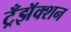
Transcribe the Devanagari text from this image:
ट्रँझॅक्शन